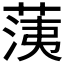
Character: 𦳂